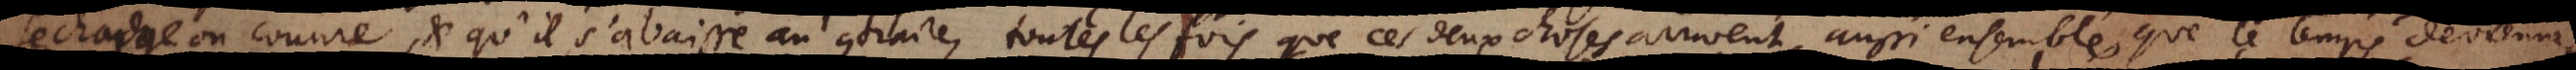
se charge ou couure, et qu’il s’abaisse au contraire, toutes les fois que ces deux choses arrivent aussi ensemble, que le temps devienne